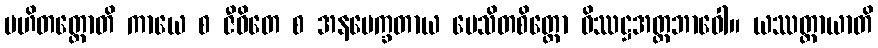
ပဟိတတ္တောတိ ကာယေ စ ဇီဝိတေ စ အနပေက္ခတာယ ပေသိတစိတ္တော ဝိဿဋ္ဌအတ္တဘာဝေါ။ ယဿတ္ထာယာတိ